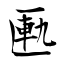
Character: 匭